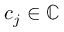
c _ { j } \in \mathbb { C }